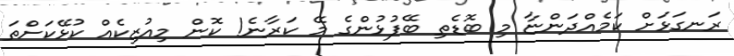
ރަނގަޅަށް ކަމެއްދަންޏާ މި ބޮޑެތި ބޭފުޅުންގެ މޭ ކަރާނެ! ކޮން މިއުޒިކެއް ކުޅޭކަށްތަ